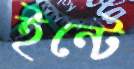
ইন্টে